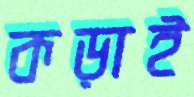
কড়াই